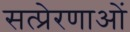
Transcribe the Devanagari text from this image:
सत्प्रेरणाओं